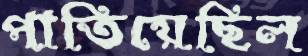
পাতিয়েছিল